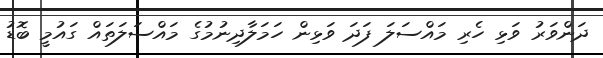
ދަންވަރު ވަޅި ހެރި މައްސަލަ ފަދަ ވަޅިން ހަމަލާދިނުމުގެ މައްސަލަތައް ގައުމީ ބޮޑު